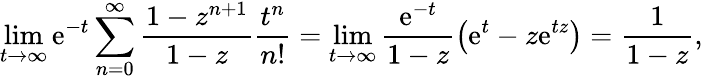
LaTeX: \operatorname*{lim}_{t\rightarrow\infty}\mathrm{e}^{-t}\sum_{n=0}^{\infty}\frac{{1-z^{n+1}}}{{1-z}}\frac{{t^{n}}}{{n!}}=\operatorname*{lim}_{t\rightarrow\infty}\frac{{\mathrm{e}^{-t}}}{{1-z}}\big(\mathrm{e}^{t}-z\mathrm{e}^{tz}\big)=\frac{{1}}{{1-z}},